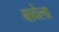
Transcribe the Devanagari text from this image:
बावेला